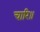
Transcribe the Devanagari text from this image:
चारि॥